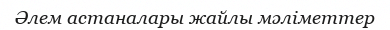
Әлем астаналары жайлы мәліметтер